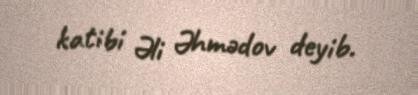
katibi Əli Əhmədov deyib.